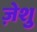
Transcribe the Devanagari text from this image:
ज़ेशु